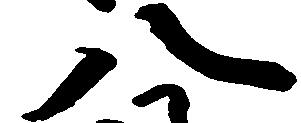
八